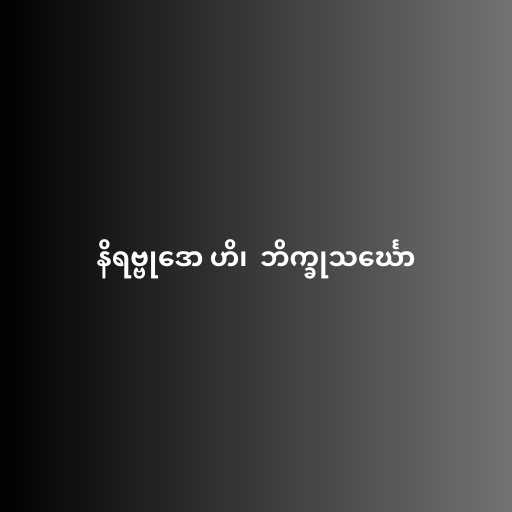
နိရဗ္ဗုဒော ဟိ၊  ဘိက္ခုသင်္ဃော